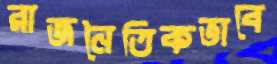
রাজনৈতিকভাবে